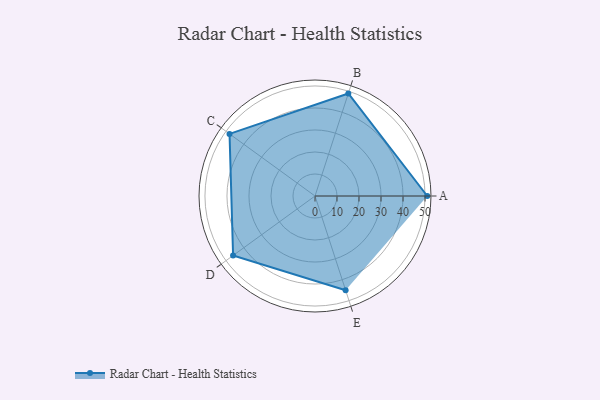
{"axis": {"x": "Skill", "y": "Score"}, "legend": ["Profile"], "data": [{"x": "A", "y": 51.0, "type": "Profile"}, {"x": "B", "y": 49.0, "type": "Profile"}, {"x": "C", "y": 48.0, "type": "Profile"}, {"x": "D", "y": 46.0, "type": "Profile"}, {"x": "E", "y": 45.0, "type": "Profile"}]}